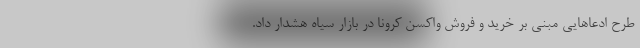
طرح ادعاهایی مبنی بر خرید و فروش واکسن کرونا در بازار سیاه هشدار داد.